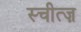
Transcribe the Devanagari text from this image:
स्चीत्ज़